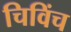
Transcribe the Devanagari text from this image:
चिविंच